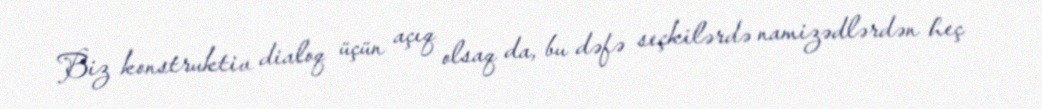
Biz konstruktiv dialoq üçün açıq olsaq da, bu dəfə seçkilərdə namizədlərdən heç